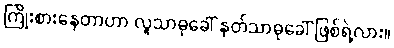
ကြိုးစားနေတာဟာ လူသာဓုခေါ် နတ်သာဓုခေါ် ဖြစ်ရဲ့လား။